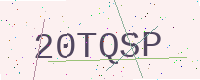
Text: 20TQSP